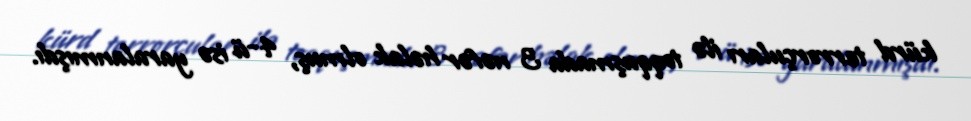
kürd terrorçuları ilə toqquşmada 3 nəfər həlak olmuş, 4-ü isə yaralanmışdı.